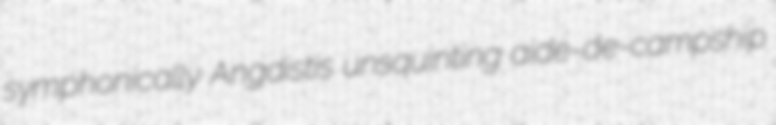
symphonically Angdistis unsquinting aide-de-campship